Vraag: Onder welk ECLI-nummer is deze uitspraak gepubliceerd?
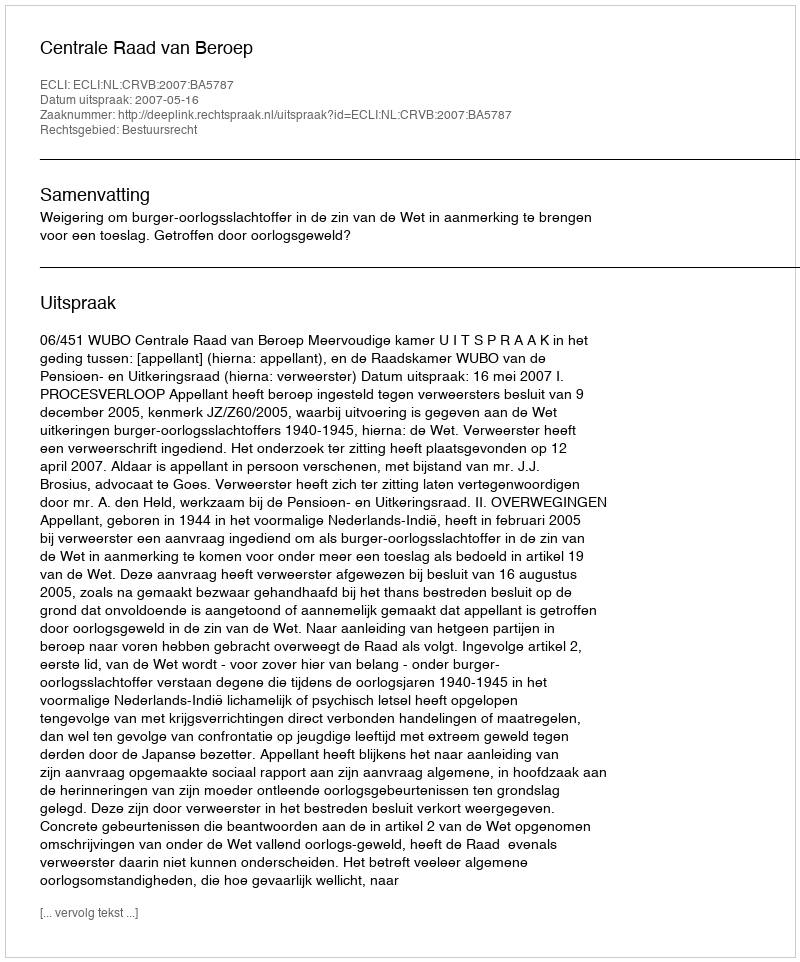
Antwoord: ECLI:NL:CRVB:2007:BA5787